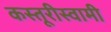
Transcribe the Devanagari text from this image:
कस्तूरीस्वामी